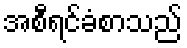
အစီရင်ခံစာသည်